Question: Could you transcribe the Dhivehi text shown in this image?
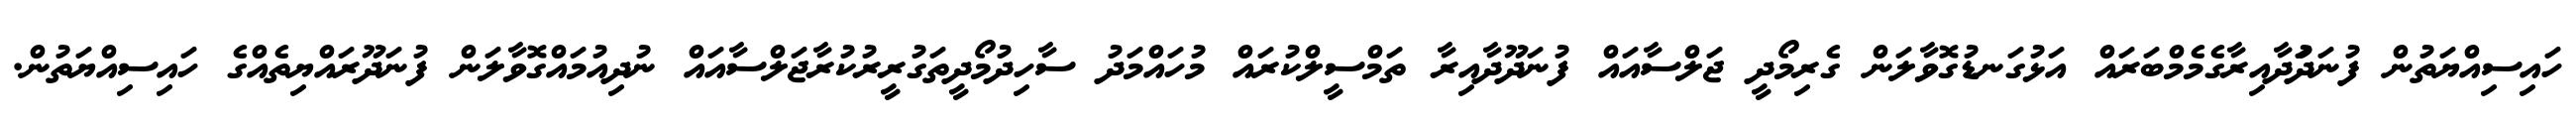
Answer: ހައިސިއްޔަތުން ފުނަދަުދާއިރާގެމެމްބަރައް އަޅުގަނޑުގޮވާލަން ގެރިމޯދީ ޖަލްސާއައް ފުނަދޫދާއިރާ ތަމްސީލްކުރައް މުހައްމަދު ސާހިދުމޯދީތަގުރީރުކުރާޖަލްސާއައް ނުދިއުމައްގޮވާލަން ފުނަދޫރައްޔިތެއްގެ ހައިސިއްޔަތުން.